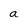
Character: a